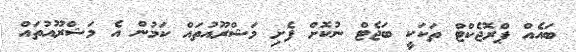
ބައެއް ޕްރޮޖެކްޓް ތަކަކީ ބަޖެޓް ނުކޮށް ފެށި މަޝްރޫއުތައް ކަމުން އެ މަޝްރޫއުތައް